Problem: 43 + 7 = ?
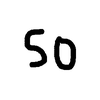
Handwritten answer: 50